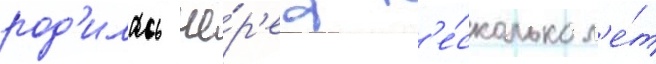
род'илась че́р'ез н'е́сколько л'е́т